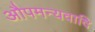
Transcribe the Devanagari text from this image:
औपमन्यवादि